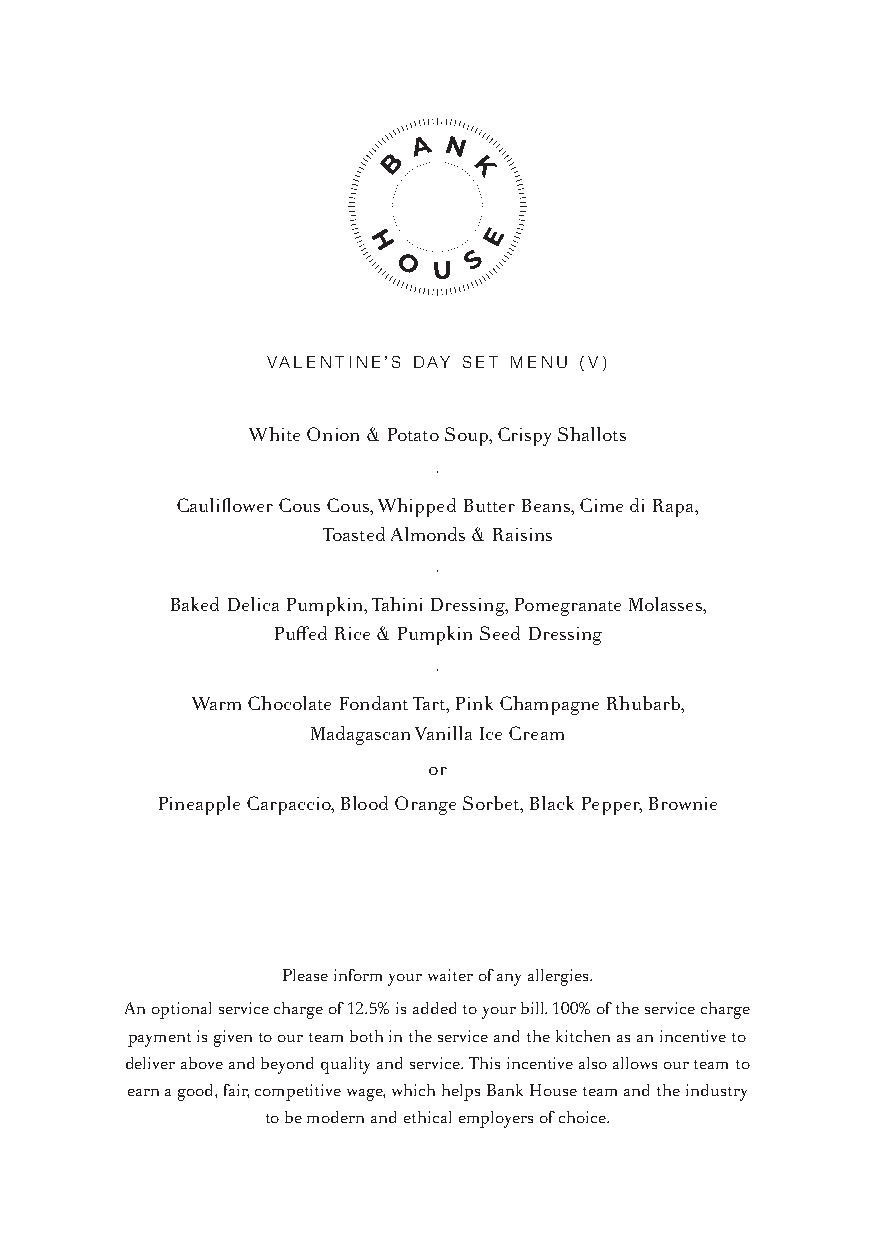
VALENTINE’S DAY SET MENU (V)
 White Onion & Potato Soup, Crispy Shallots
 ·
 Cauliflower Cous Cous, Whipped Butter Beans, Cime di Rapa,
 Toasted Almonds & Raisins
 ·
 Baked Delica Pumpkin, Tahini Dressing, Pomegranate Molasses,
 Puffed Rice & Pumpkin Seed Dressing
 ·
 Warm Chocolate Fondant Tart, Pink Champagne Rhubarb,
 Madagascan Vanilla Ice Cream
 or
 Pineapple Carpaccio, Blood Orange Sorbet, Black Pepper, Brownie
 Please inform your waiter of any allergies.
 An optional service charge of 12.5% is added to your bill. 100% of the service charge
 payment is given to our team both in the service and the kitchen as an incentive to
 deliver above and beyond quality and service. This incentive also allows our team to
 earn a good, fair, competitive wage, which helps Bank House team and the industry
 to be modern and ethical employers of choice.